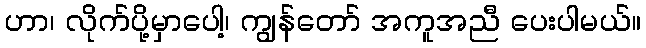
ဟာ၊ လိုက်ပို့မှာပေါ့၊ ကျွန်တော် အကူအညီ ပေးပါမယ်။